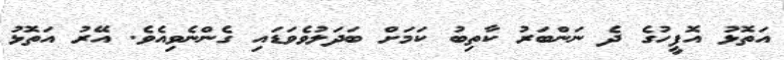
އަތޮޅު އޮފީހުގެ ދެ ނަންބަރު ކާތިބު ކަމަށް ބަދަލުވެވަޑައި ގެންނެވިއެވެ. އޭރު އަތޮޅު